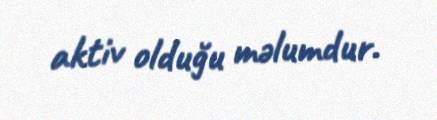
aktiv olduğu məlumdur.